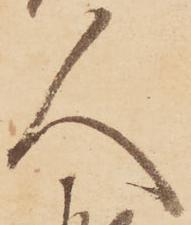
人